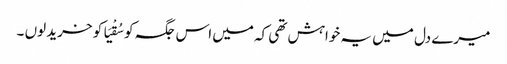
میرے دل میں یہ خواہش تھی کہ میں اس جگہ کو سُقْیَا کو خرید لوں ۔